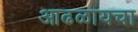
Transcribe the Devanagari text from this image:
आढळायचा